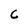
Character: C